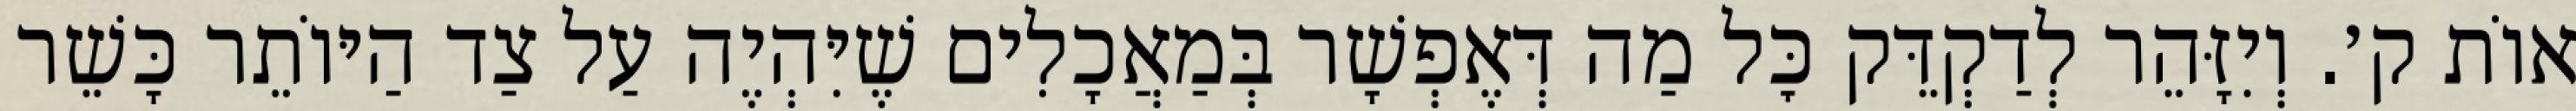
אוֹת ק׳. וְיִזָּהֵר לְדַקְדֵּק כׇּל מַה דְּאֶפְשָׁר בְּמַאֲכָלִים שֶׁיִּהְיֶה עַל צַד הַיּוֹתֵר כָּשֵׁר